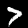
Digit: 7